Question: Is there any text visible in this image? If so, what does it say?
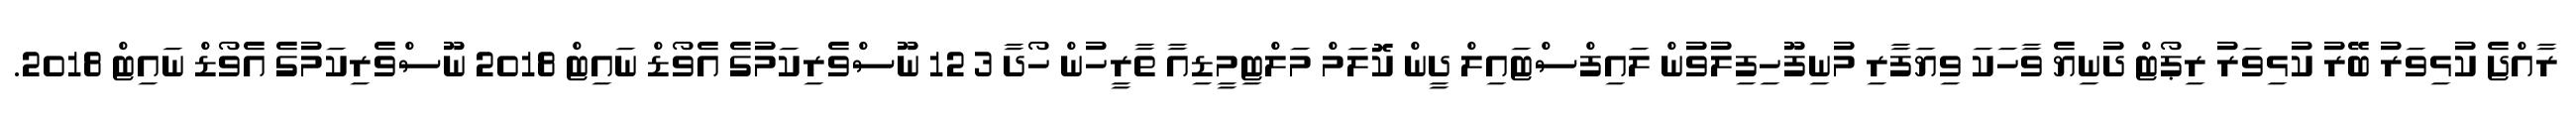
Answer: ރާއްޖެ ކުޅިވަރު ބޭރު ކުޅިވަރު ރިޕޯޓް ދުނިޔެ ވާހަކަ ވިޔަފާރި މުނިފޫހިފިލުވުން ލައިފްސްޓައިލް ދީން ކޮލަމް މަލްޓިމީޑިއާ ތާރީހުން ހޯދާ 3 12 ނޫސްވެރިކަމުގެ އެވޯޑް ނައިޓް 2018 ނޫސްވެރިކަމުގެ އެވޯޑް ނައިޓް 2018.